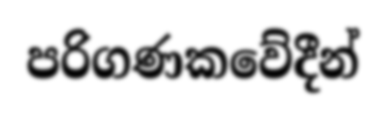
පරිගණකවේදීන්